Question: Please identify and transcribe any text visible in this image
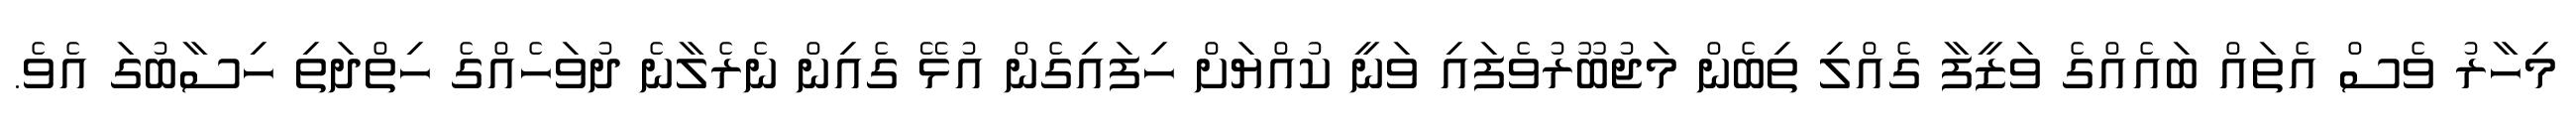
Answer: މިހާރު ވެސް އެތައް ބައެއްގެ ވަޒީފާ ގެއްލި ތިބެން މަޖުބޫރުވެފައި ވަނީ ކުއްޔަށް ހިފައިގެން އުޅޭ ގެއިން ނެރެލާނެ ދުވަހެއްގެ ހިތްދަތި ހިސާބުގަ އެވެ.